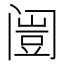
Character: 𲉄